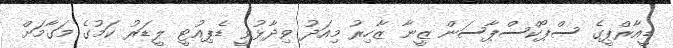
ޑީއާރްޕީގެ ސްޕޯކްސްޕާސަން ޒީނާ ޒާހިރު މިއަދު ވިދާޅުވީ ޑެޕިއުޓީ ލީޑަރު ކަމުގެ މަގާމަށް